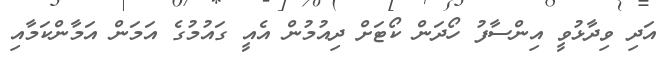
އަދި ވިދާޅުވީ އިންސާފު ހޯދަން ކޯޓަށް ދިއުމުން އެއީ ގައުމުގެ އަމަން އަމާންކަމާއި